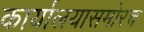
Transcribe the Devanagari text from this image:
कार्यालयासमोरच